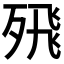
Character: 𭮖